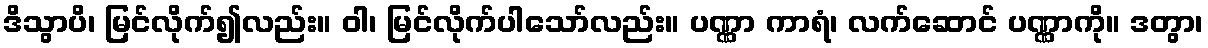
ဒိသွာပိ၊ မြင်လိုက်၍လည်း။ ဝါ၊ မြင်လိုက်ပါသော်လည်း။ ပဏ္ဏာ ကာရံ၊ လက်ဆောင် ပဏ္ဏာကို။ ဒတွာ၊